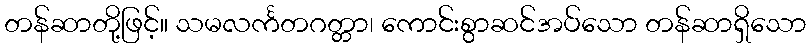
တန်ဆာတို့ဖြင့်။ သမလင်္ကတဂတ္တာ၊ ကောင်းစွာဆင်အပ်သော တန်ဆာရှိသော